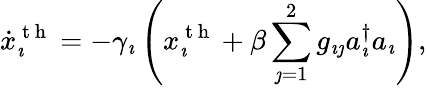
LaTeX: \dot{x}_{\imath}^{\mathrm{~t~h~}}=-\gamma_{\imath}\left(x_{\imath}^{\mathrm{~t~h~}}+\beta\sum_{\jmath=1}^{2}g_{\imath\jmath}a_{\imath}^{\dagger}a_{\imath}\right),